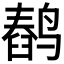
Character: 𬸥